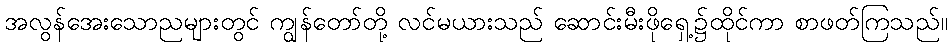
အလွန်အေးသောညများတွင် ကျွန်တော်တို့ လင်မယားသည် ဆောင်းမီးဖိုရှေ့၌ထိုင်ကာ စာဖတ်ကြသည်။